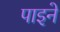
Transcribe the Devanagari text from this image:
पाइने